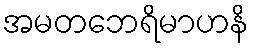
အမတဘေရိမာဟနိ